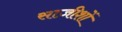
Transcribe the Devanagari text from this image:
साज़ीशों